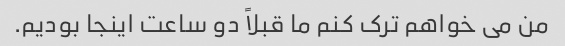
من می خواهم ترک کنم ما قبلاً دو ساعت اینجا بودیم.